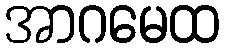
အာဂမေထ